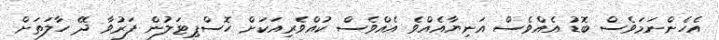
އެހެންނަމަވެސް ބޮޑު އެއްވެސް އަނިޔާއެއްވެ އެއްވެސް ކުއްވެރިއަކަށް ހޮސްޕިޓަލުން ފަރުވާ ދޭ ހާލަތަށް